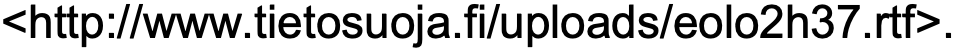
<http://www.tietosuoja.fi/uploads/eolo2h37.rtf>.